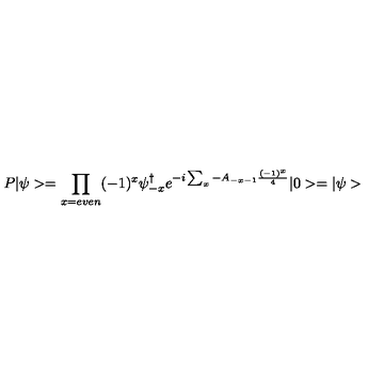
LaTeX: P | \psi > = \prod _ { x = e v e n } ( - 1 ) ^ { x } \psi _ { - x } ^ { \dagger } e ^ { - i \sum _ { x } - A _ { - x - 1 } \frac { ( - 1 ) ^ { x } } { 4 } } | 0 > = | \psi >